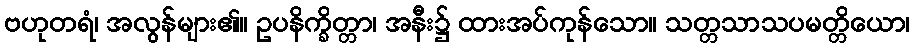
ဗဟုတရံ၊ အလွန်များ၏။ ဥပနိက္ခိတ္တာ၊ အနီး၌ ထားအပ်ကုန်သော။ သတ္တသာသပမတ္တိယော၊